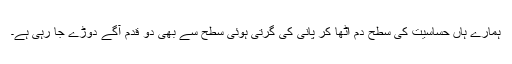
ہمارے ہاں حساسیت کی سطح دم اٹھا کر پانی کی گرتی ہوئی سطح سے بھی دو قدم آگے دوڑے جا رہی ہے۔